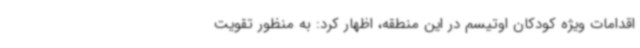
اقدامات ویژه کودکان اوتیسم در این منطقه، اظهار کرد: به منظور تقویت